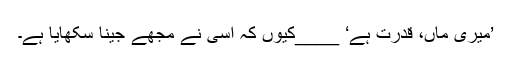
’میری ماں، قدرت ہے‘ ____کیوں کہ اسی نے مجھے جینا سکھایا ہے۔